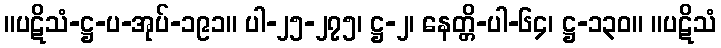
။ပဋိသံ-ဋ္ဌ-ပ-အုပ်-၁၉၁။ ပါ-၂၅-၂၇၅၊ ဋ္ဌ-၂၊ နေတ္တိ-ပါ-၆၄၊ ဋ္ဌ-၁၃၀။ ။ပဋိသံ